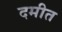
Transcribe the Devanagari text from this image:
दमीत